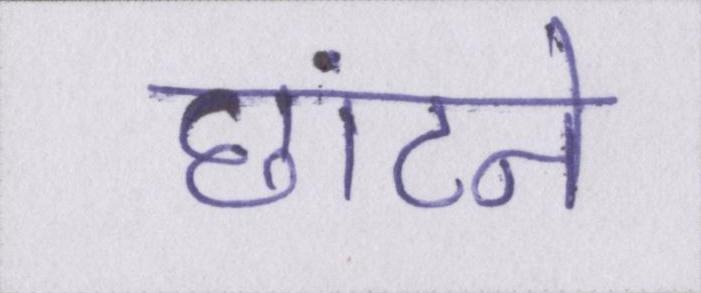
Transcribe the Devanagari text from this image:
छांटने